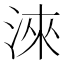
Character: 淶